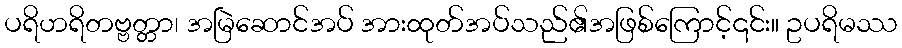
ပရိဟရိတဗ္ဗတ္တာ၊ အမြဲဆောင်အပ် အားထုတ်အပ်သည်၏အဖြစ်ကြောင့်၎င်း။ ဥပရိမဿ